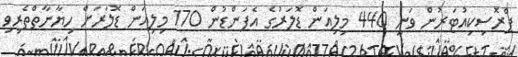
ޕްރޮސިކިއުޓަރުން ވަނީ 440 މިލިއަން ޑޮލަރުގެ އެފަންޑުން 170 މިލިއަން ޑޮލަރަށް ހިޔާނާތްތެރިވި